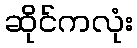
ဆိုင်ကလုံး